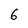
Character: 6